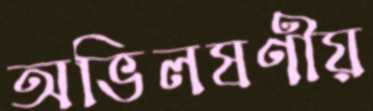
অভিলষণীয়